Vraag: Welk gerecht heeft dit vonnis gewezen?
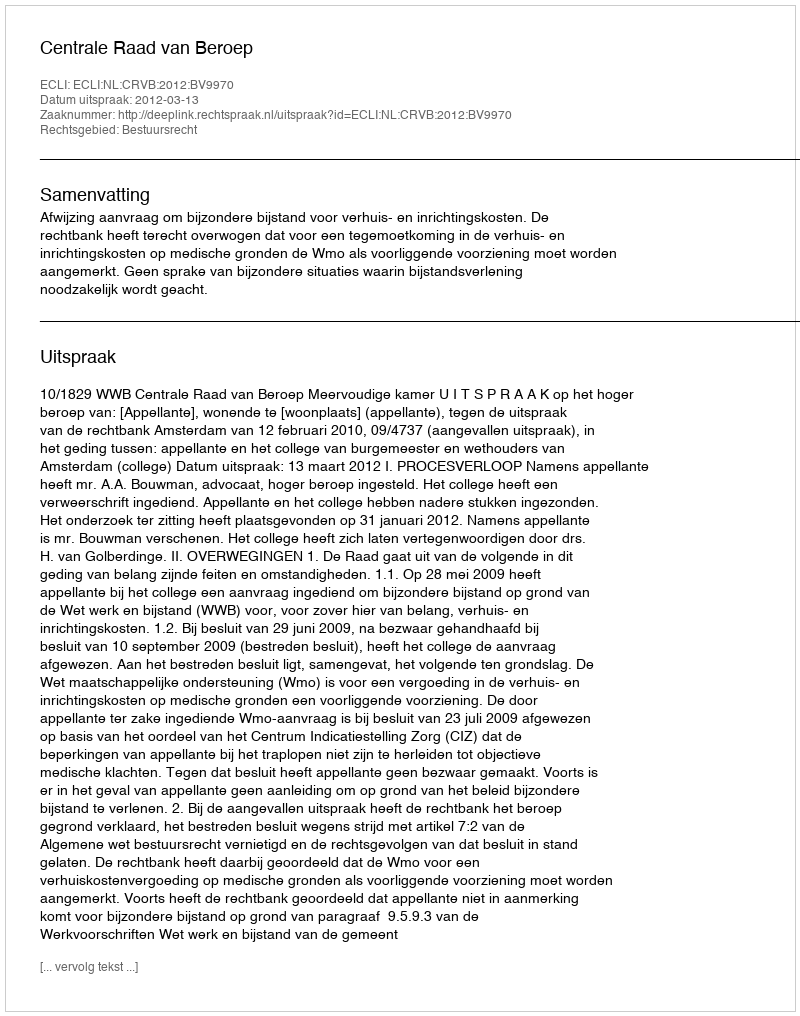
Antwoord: Centrale Raad van Beroep